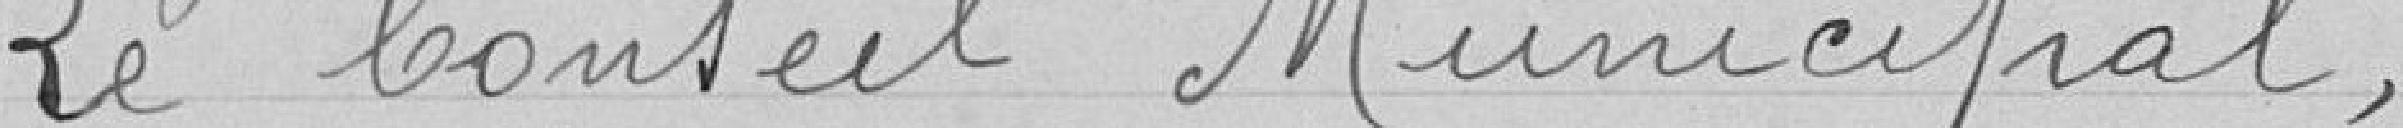
Le Conseil Municipal,